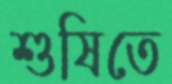
শুষিতে